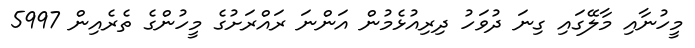
މީހުނާއި މާލޭގައި ގިނަ ދުވަހު ދިރިއުޅެމުން އަންނަ ރައްރަށުގެ މީހުންގެ ތެރެއިން 5997